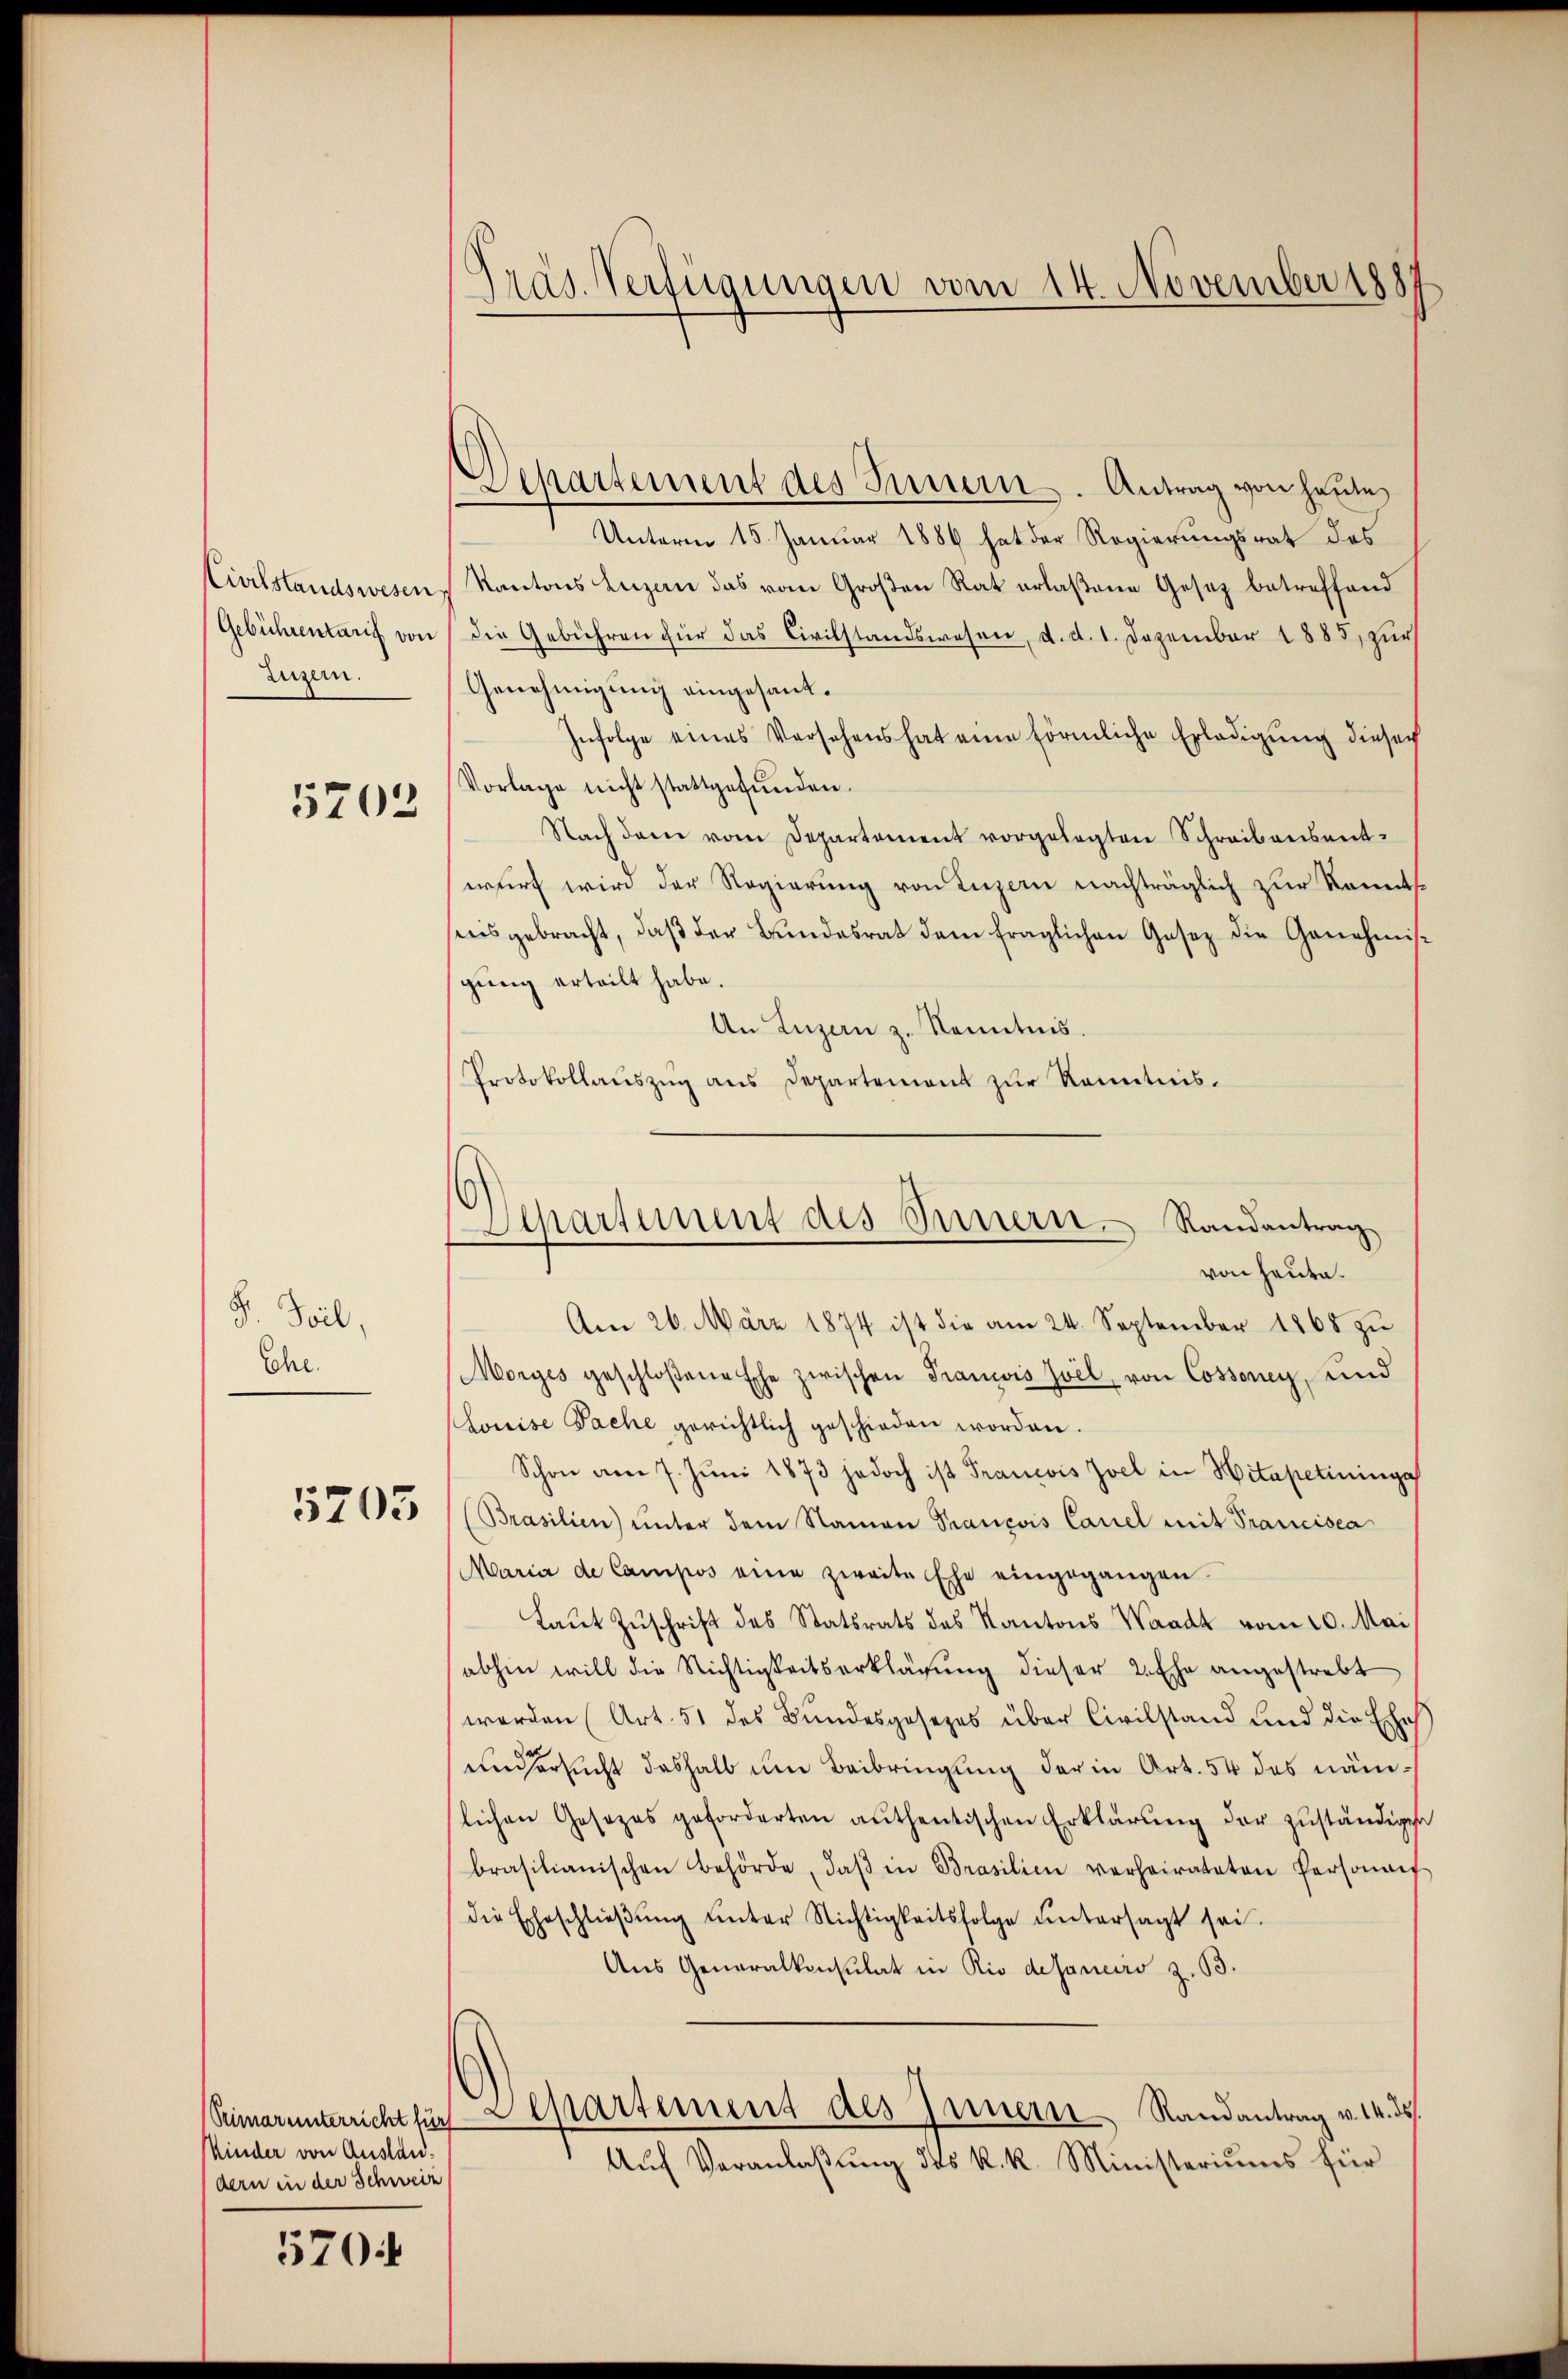
Luzern.

F. Teil,
Che.

5203

5703

Kinder von Auslän-
dern in der Schweiz

5704

Präs. Verfügungen vom 14. November 1887

Departement des Innern. Antrag von heute,
Unterm 15. Januar 1886 hat der Regierungsrat des
Civilstandswesen, Kantons Luzern das vom Großen Rat erlaßene Gesez betreffend
Gebührentarif von die Gebühren für das Civilstandswesen, d. d. 1. Dezember 1885, zur
Genehmigung eingesant.
Infolge eines Versehens hat eine förmliche Erledigŭng dieserh
Vorlage nicht stattgefŭnden.
Nach dem vom Departement vorgelegten Schreibensentwurf wird der Regierung von Luzern nachträglich zur Kenntsreis gebracht, daß der Bundesrat dem fraglichen Gesez die Genehmisgung erteilt habe.
An Luzern z. Kenntnis.
Protokollaŭszŭg ans Departement zŭr Kenntnis.
Am 26. März 1874 ist die am 24. September 1865 zu
Morges geschloßene Ehe zwischen Francis Zvil, von Cossoney, und
Louise Sache gerichtlich geschieden worden.
Schon am 7. Juni 1873 jedoch ist Francois Zvel in Hitapetininge
Brasilien ŭnter dem Namen Prancois Caniel mit Prancisca
Maria de Campos eine zweite Ehe eingegangen.
Laut Zuschrift des Statsrats des Kantons Waadt vom 10. Mai
abhin will die Nichtigkeitserklärung dieser 2. Ehe angestrebt
werden (Art. 51 des Bundesgesezes über Civilstand und die Ehes
und ersucht deshalb um Beibringung der in Art. 54 des nämslichen Gesezes geforderten authentischen Erklärŭng der zuständigen
brasilianischen Behörde, daβ in Brasilien verheirateten Persona
die Eheschließung unter Nichtigkeitsfolge untersagt sei.
Aus Generalkonsulat in Rio desaneiro z. 33.
Semarunterricht für Departement des Innern Randantrag v. 14. ds.
Auf Veranlaßung des k. k. Ministeriums für

Separtement des Innern. Randantrag
von heute.